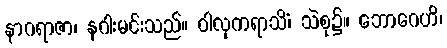
နာဂရာဇာ၊ နဂါးမင်းသည်။ ဝါလုကရာသိံ၊ သဲစု၌။ ဘောဂေဟိ၊